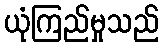
ယုံကြည်မှုသည်